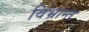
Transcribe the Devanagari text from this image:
विभ्रान्त